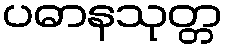
ပဓာနသုတ္တ